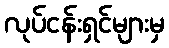
လုပ်ငန်းရှင်များမှ